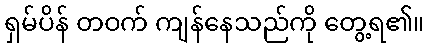
ရှမ်ပိန် တဝက် ကျန်နေသည်ကို တွေ့ရ၏။